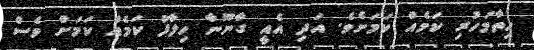
ހިތާމަހުރި ކަމެއް ކަމަށެވެ. އަދި އެއީ ގާނޫނާ ހިލާފު ކަމެއް ކަމަށް ވެސް